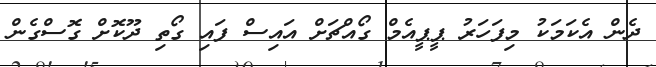
ދެން އެކަމަކު މިފަހަރު ޕީޕީއެމް ގޯއްޗަށް އައިސް ފައި ގޯތި ދޫކޮށް ގޮސްގެން